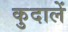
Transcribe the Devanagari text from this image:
कुदालें